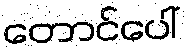
တောင်ပေါ်